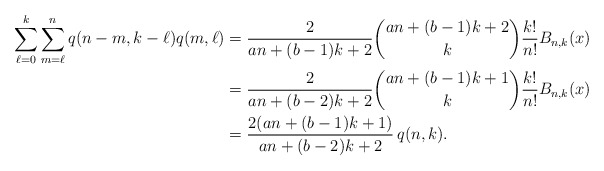
\begin{align*} \sum_{\ell=0}^{k}\sum_{m=\ell}^n q(n-m,k-\ell)q(m,\ell) &= \frac{2}{an+(b-1)k+2}\binom{an+(b-1)k+2}{k} \frac{k!}{n!} B_{n,k}(x) \\ &= \frac{2}{an+(b-2)k+2}\binom{an+(b-1)k+1}{k} \frac{k!}{n!} B_{n,k}(x) \\ &= \frac{2(an+(b-1)k+1)}{an+(b-2)k+2}\,q(n,k).\end{align*}